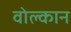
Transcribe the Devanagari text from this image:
वोल्कान